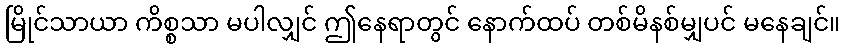
မြိုင်သာယာ ကိစ္စသာ မပါလျှင် ဤနေရာတွင် နောက်ထပ် တစ်မိနစ်မျှပင် မနေချင်။